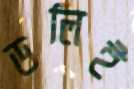
ডলিই